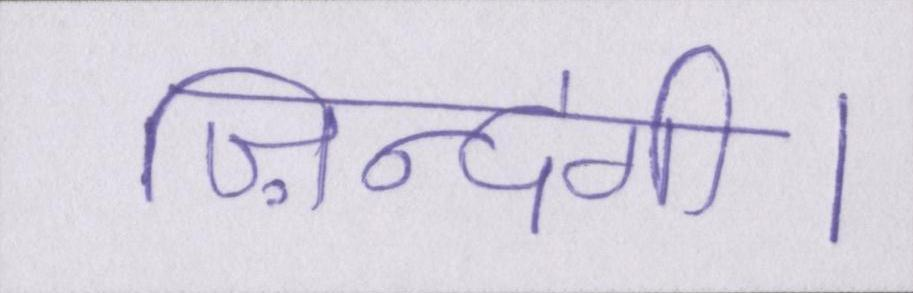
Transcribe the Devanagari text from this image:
ज़िन्दगी।